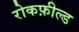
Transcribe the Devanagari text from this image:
रोकफ़ील्ड